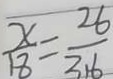
\overline { \frac { x } { 1 8 } = \frac { 2 6 } { 3 1 6 } }